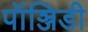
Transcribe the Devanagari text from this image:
पॉञ्जिडी